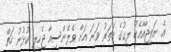
އެ ނަތީޖާއާއެކު ލީގުގެ ހަތަރު ވަނަ އަށް ވެލެންސިއާ ޖެހިލީ ކުޅުނު ހަތް